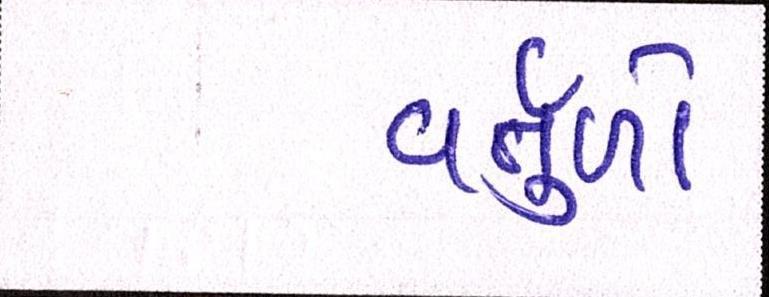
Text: વર્તુળો